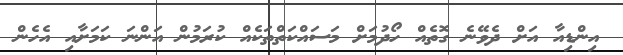
އިންޑިއާ އަށް ދެވޭނެ ގޮތެއް ހޯދުމަށް މަސައްކަތްތަކެއް ކުރަމުން އަންނަ ކަމަށާއި އެހެން